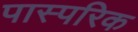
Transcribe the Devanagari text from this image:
पास्‍परिक